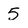
Character: 5